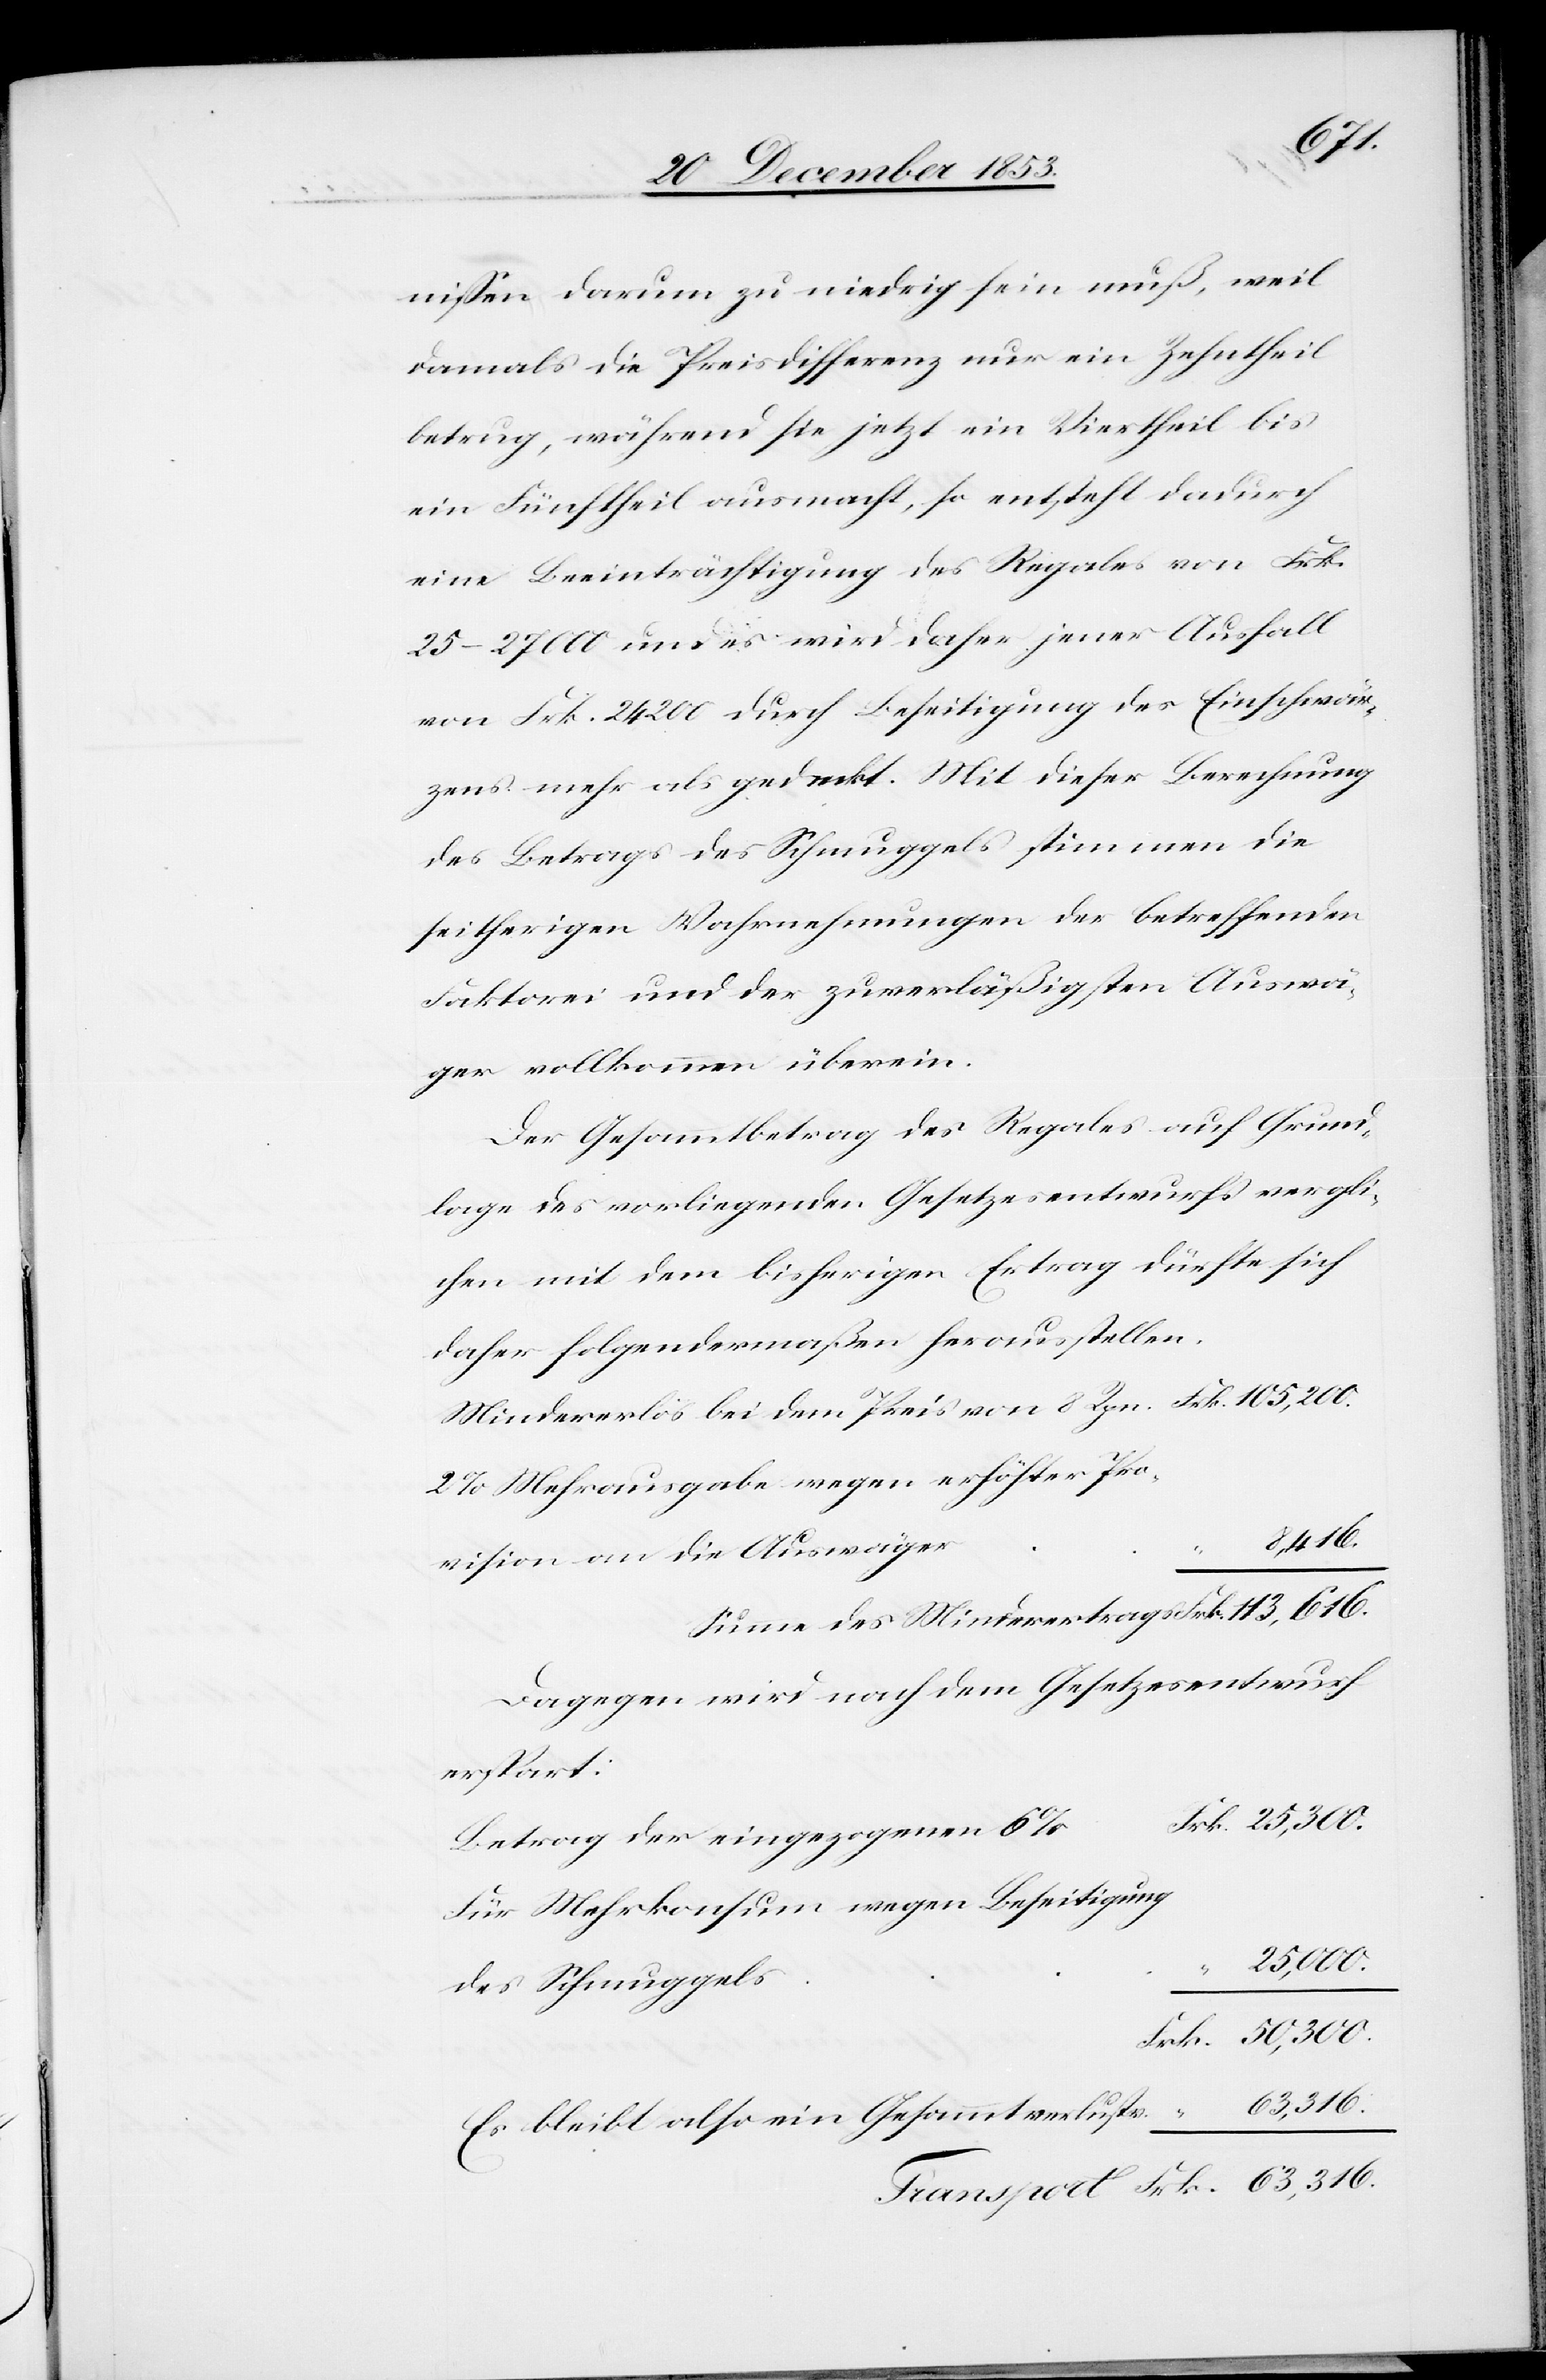
nißen darum zu niedrig sein muß, weil
damals die Preisdifferenz nur ein Zehntheil
betrug, während sie jetzt ein Viertheil bis
ein Fünftheil ausmacht, so entsteht dadurch
eine Beeinträchtigung des Regales von Frk.
25–27000 und es wird daher jener Ausfall
von Frk. 24200 durch Beseitigung des Einschwär¬
zens mehr als gedeckt. Mit dieser Berechnung
des Betrages des Schmuggels stimmen die
seitherigen Vermehrungen des betreffenden
Faktors und der zuverläßigsten Auswä¬
ger vollkommen überein.
Der Gesammtbetrag des Regales auf Grund¬
lage des vorliegenden Gesetzesentwurfes vergli¬
chen mit dem bisherigen Ertrag dürfte sich
daher folgendermaßen herausstellen.
Mindererlös bei dem Preis von 8 Rpn. 					Frk. 105,200.
2% Mehrausgabe wegen erhöhter Pro¬
8,416.
vision an die Auswäger
Summe des Minderertrages Frk. 113,616.
Dagegen wird nach dem Gesetzesentwurf
erspart:
Betrag der eingezogenen
Für Mehrkonsum wegen Beseitigung
Frk.	50,300.
Es bleibt also ein Gesammtverlust